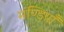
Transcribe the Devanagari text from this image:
मण्डियाँ